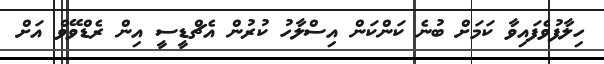
ހިލާފުވެފައިވާ ކަމަށް ބުނެ ކަންކަން އިސްލާހު ކުރުން އެޗްޑީސީ އިން ރެޑްވޭވް އަށް